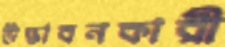
উদ্ভাবনকারী